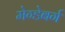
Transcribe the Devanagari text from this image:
मेग्डेबर्ग